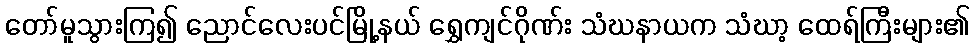
တော်မူသွားကြ၍ ညောင်လေးပင်မြို့နယ် ရွှေကျင်ဂိုဏ်း သံဃနာယက သံဃာ့ ထေရ်ကြီးများ၏